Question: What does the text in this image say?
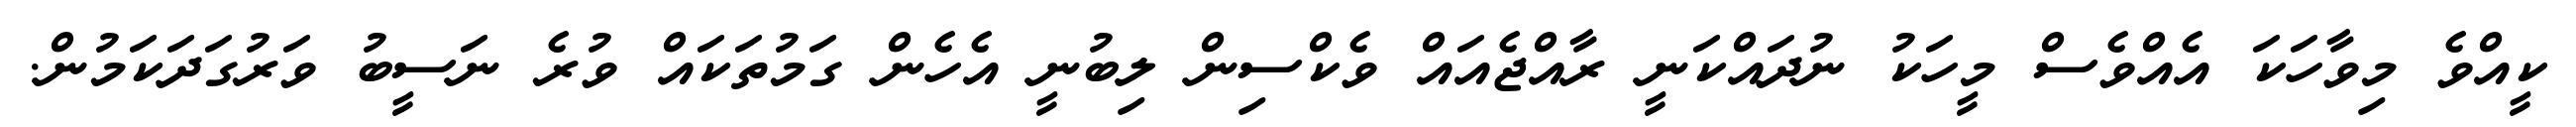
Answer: ކީއްވެ މިވާހަކަ އެއްވެސް މީހަކު ނުދައްކަނީ ރާއްޖެއައް ވެކްސިން ލިބުނީ އެހެން ގަމުތަކައް ވުރެ ނަސީބު ވަރުގަދަކަމުން.